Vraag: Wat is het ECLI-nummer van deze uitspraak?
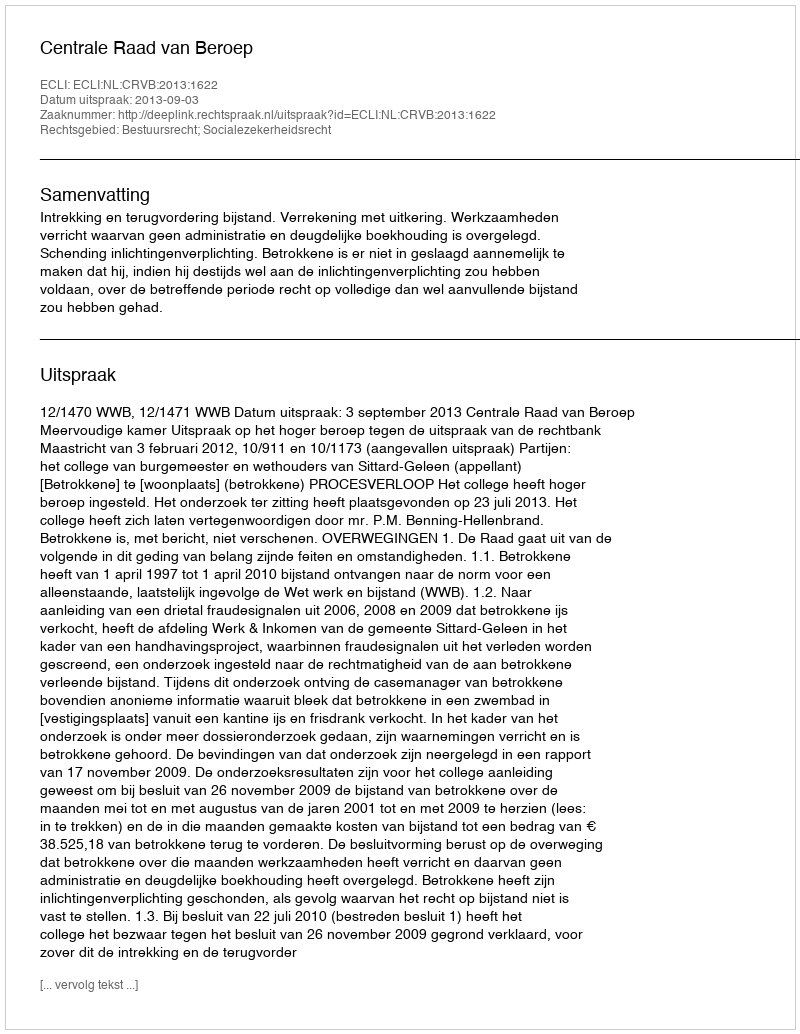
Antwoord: ECLI:NL:CRVB:2013:1622